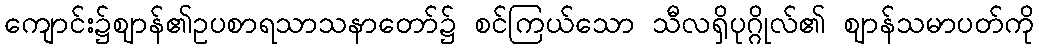
ကျောင်း၌ဈာန်၏ဥပစာရသာသနာတော်၌ စင်ကြယ်သော သီလရှိပုဂ္ဂိုလ်၏ ဈာန်သမာပတ်ကို